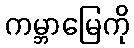
ကမ္ဘာမြေကို